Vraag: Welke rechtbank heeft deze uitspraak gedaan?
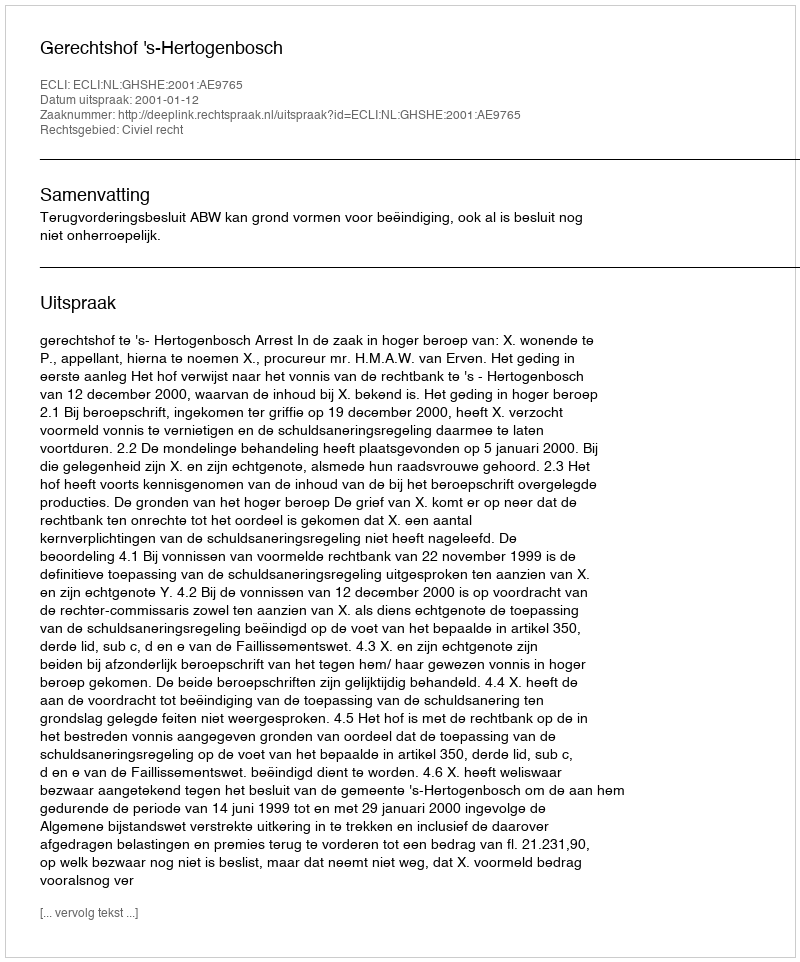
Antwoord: Gerechtshof 's-Hertogenbosch